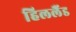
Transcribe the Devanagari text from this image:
हिललैंड